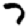
Digit: 7